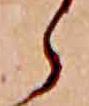
ら